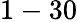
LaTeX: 1-30